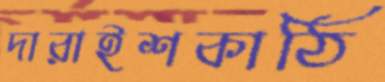
দারাইশকাঠি